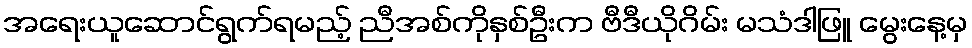
အရေးယူဆောင်ရွက်ရမည့် ညီအစ်ကိုနှစ်ဦးက ဗီဒီယိုဂိမ်း မသံဒါဖြူ မွေးနေ့မှ